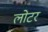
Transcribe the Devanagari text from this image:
लोटर